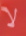
لا